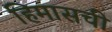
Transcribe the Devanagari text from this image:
हिमासची